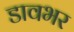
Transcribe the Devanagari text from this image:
डावभर